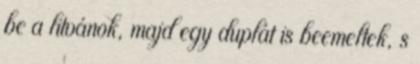
be a litvánok, majd egy duplát is beemeltek, s